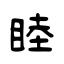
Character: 睦